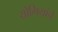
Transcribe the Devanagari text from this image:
योगियांचे